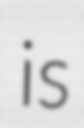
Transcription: is